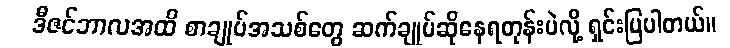
ဒီဇင်ဘာလအထိ စာချုပ်အသစ်တွေ ဆက်ချုပ်ဆိုနေရတုန်းပဲလို့ ရှင်းပြပါတယ်။